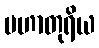
မဟာတုရိယ